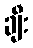
ချီး